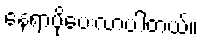
နေရာပိုပေးလာပါတယ်။